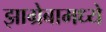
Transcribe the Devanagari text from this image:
झाग्रेबामध्ये